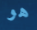
هو